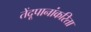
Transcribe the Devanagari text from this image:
तेंदूपानांकरिता